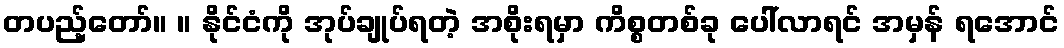
တပည့်တော်။ ။ နိုင်ငံကို အုပ်ချုပ်ရတဲ့ အစိုးရမှာ ကိစ္စတစ်ခု ပေါ်လာရင် အမှန် ရအောင်